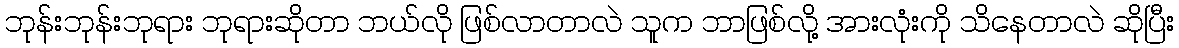
ဘုန်းဘုန်းဘုရား ဘုရားဆိုတာ ဘယ်လို ဖြစ်လာတာလဲ သူက ဘာဖြစ်လို့ အားလုံးကို သိနေတာလဲ ဆိုပြီး